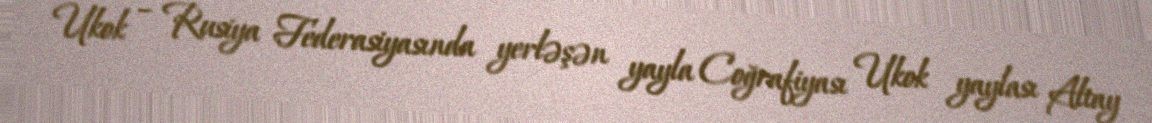
Ukok – Rusiya Federasiyasında yerləşən yayla Coğrafiyası Ukok yaylası Altay